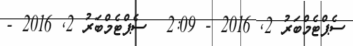
ސެޕްޓެމްބަރު 2